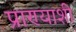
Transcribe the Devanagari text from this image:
प्राण्याशी